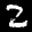
Label: 2